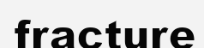
fracture